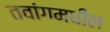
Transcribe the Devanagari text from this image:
तवांगमधील